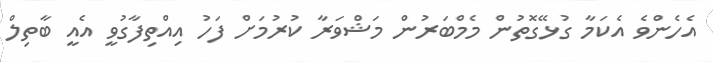
އެހެންވެ އެކަމާ ގުޅޭގޮތުން މެމްބަރުން މަޝްވަރާ ކުރުމަށް ފަހު އިއްތިފާގުވީ އެއީ ބާތިލް